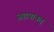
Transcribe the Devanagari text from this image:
अद्ययावत्